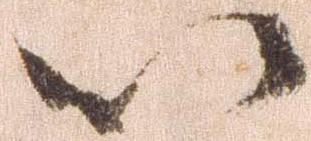
以